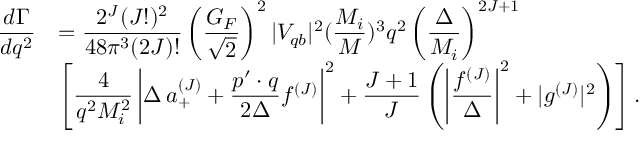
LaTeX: \begin{array} { r l } { { \displaystyle \frac { d \Gamma } { d q ^ { 2 } } } } & { { = \displaystyle \frac { 2 ^ { J } ( J ! ) ^ { 2 } } { 4 8 \pi ^ { 3 } ( 2 J ) ! } \left( \frac { G _ { F } } { \sqrt { 2 } } \right) ^ { 2 } | V _ { q b } | ^ { 2 } ( \frac { M _ { i } } { M } ) ^ { 3 } q ^ { 2 } \left( \frac { \Delta } { M _ { i } } \right) ^ { 2 J + 1 } } } \\ { { } } & { { \displaystyle \left[ \frac { 4 } { q ^ { 2 } M _ { i } ^ { 2 } } \left| \Delta \, a _ { + } ^ { ( J ) } + \frac { p ^ { \prime } \cdot q } { 2 \Delta } f ^ { ( J ) } \right| ^ { 2 } + \frac { J + 1 } { J } \left( \left| \frac { f ^ { ( J ) } } { \Delta } \right| ^ { 2 } + | g ^ { ( J ) } | ^ { 2 } \right) \right] . } } \end{array}